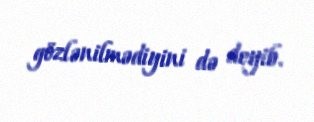
gözlənilmədiyini də deyib.